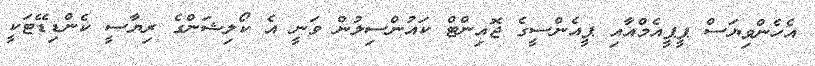
އެހެންވިޔަސް ޕީޕީއެމްއާއި ޕީއެންސީގެ ޖޮއިންޓް ކައުންސިލުން ވަނީ އެ ކޯލިޝަންގެ ރިޔާސީ ކެންޑިޑޭޓަކީ